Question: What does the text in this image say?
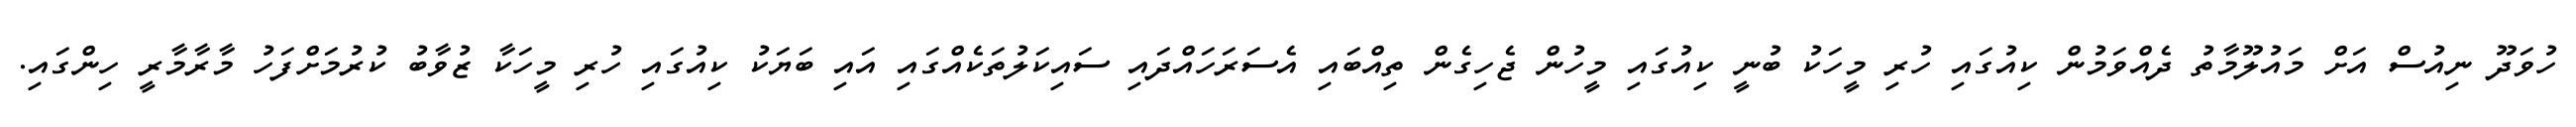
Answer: ހުވަދޫ ނިއުސް އަށް މައުލޫމާތު ދެއްވަމުން ކިއުގައި ހުރި މީހަކު ބުނީ ކިއުގައި މީހުން ޖެހިގެން ތިއްބައި އެސަރަހައްދައި ސައިކަލުތަކެއްގައި އައި ބަޔަކު ކިއުގައި ހުރި މީހަކާ ޒުވާބު ކުރުމަށްފަހު މާރާމާރީ ހިންގައި.